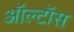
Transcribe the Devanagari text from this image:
ऑल्टॉस